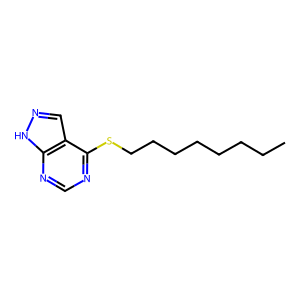
SMILES: CCCCCCCCSc1ncnc2[nH]ncc12
Inhibits HIV replication: No